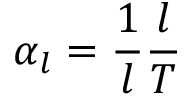
\alpha _ { l } = { \frac { 1 } { l } } { \frac { l } { T } }